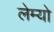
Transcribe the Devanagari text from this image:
लेम्यो